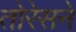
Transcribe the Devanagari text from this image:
तोरेसने